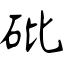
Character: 砒